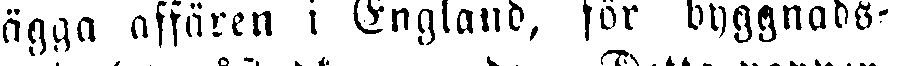
ägga affären i England, för byggnads-